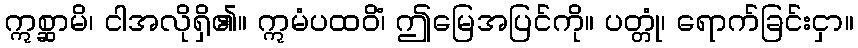
ဣစ္ဆာမိ၊ ငါအလိုရှိ၏။ ဣမံပထဝိံ၊ ဤမြေအပြင်ကို။ ပတ္တုံ၊ ရောက်ခြင်းငှာ။